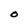
Character: O